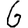
Digit: 6